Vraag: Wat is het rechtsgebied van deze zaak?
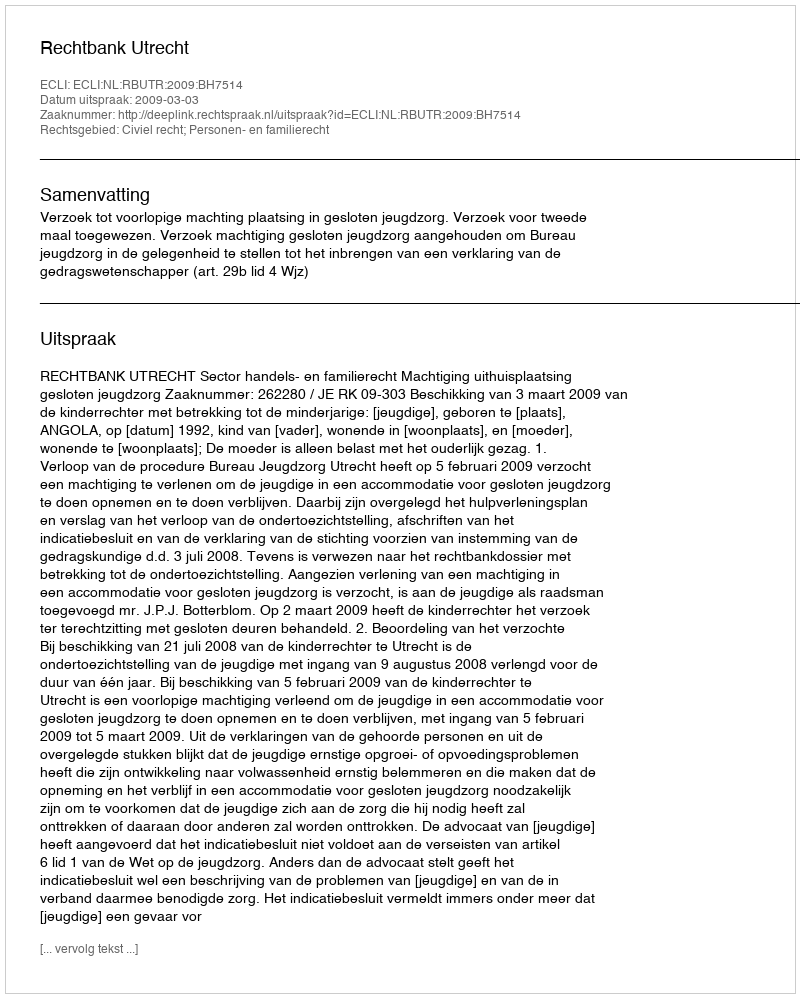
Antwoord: Civiel recht; Personen- en familierecht